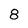
Character: 8